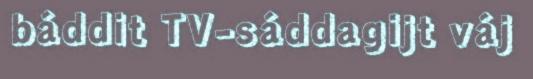
báddit TV-sáddagijt váj